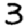
Digit: 3